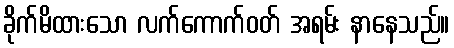
ခိုက်မိထားသော လက်ကောက်ဝတ် အရမ်း နာနေသည်။